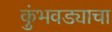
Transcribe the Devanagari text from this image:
कुंभवड्याचा